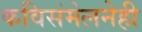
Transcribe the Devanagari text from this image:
कविसंमेलनेही